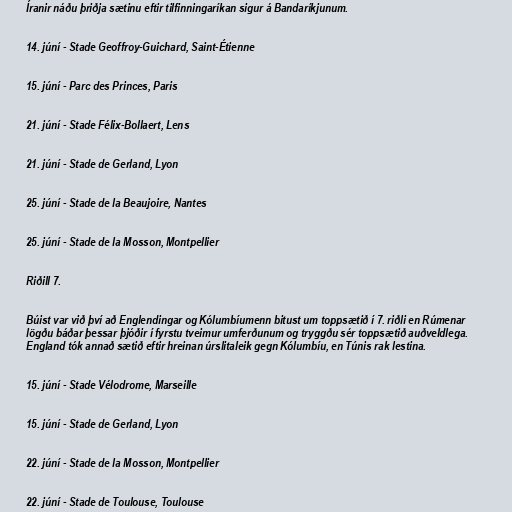
Íranir náðu þriðja sætinu eftir tilfinningaríkan sigur á Bandaríkjunum.

14. júní - Stade Geoffroy-Guichard, Saint-Étienne

15. júní - Parc des Princes, Paris

21. júní - Stade Félix-Bollaert, Lens

21. júní - Stade de Gerland, Lyon

25. júní - Stade de la Beaujoire, Nantes

25. júní - Stade de la Mosson, Montpellier

Riðill 7.

Búist var við því að Englendingar og Kólumbíumenn bitust um toppsætið í 7. riðli en Rúmenar
lögðu báðar þessar þjóðir í fyrstu tveimur umferðunum og tryggðu sér toppsætið auðveldlega.
England tók annað sætið eftir hreinan úrslitaleik gegn Kólumbíu, en Túnis rak lestina.

15. júní - Stade Vélodrome, Marseille

15. júní - Stade de Gerland, Lyon

22. júní - Stade de la Mosson, Montpellier

22. júní - Stade de Toulouse, Toulouse